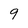
Character: 9